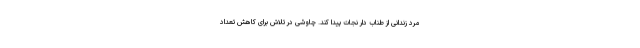
مرد زندانی از طناب دار نجات پیدا کند. چاوشی در تلاش برای کاهش تعداد